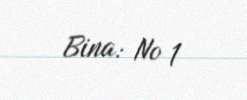
Bina: № 1